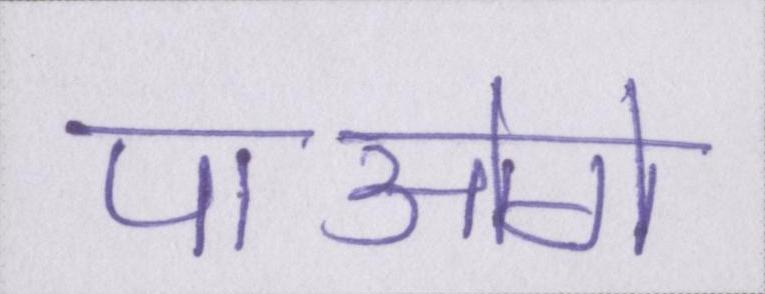
पाओगे